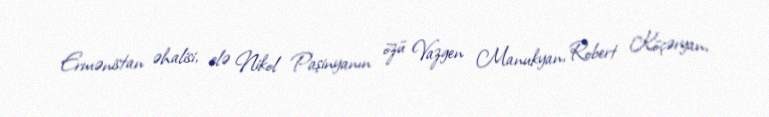
Ermənistan əhalisi, elə Nikol Paşinyanın özü Vazgen Manukyan, Robert Köçəryan,